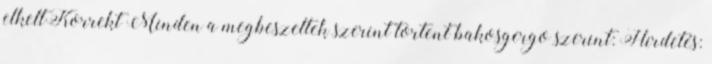
elkeltKorrekt Minden a megbeszeltek szerint tortent bakosgergo szerint: Hirdetés: